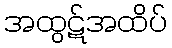
အထွဋ်အထိပ်